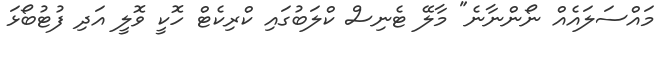
މައްސަލައެއް ނޯންނާނެ" މާލޭ ޓެނިސް ކްލަބުގައި ކްރިކެޓް ހޮކީ ވޮލީ އަދި ފުޓުބޯޅަ